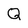
Character: Q